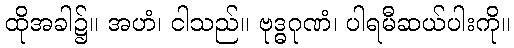
ထိုအခါ၌။ အဟံ၊ ငါသည်။ ဗုဒ္ဓဂုဏံ၊ ပါရမီဆယ်ပါးကို။